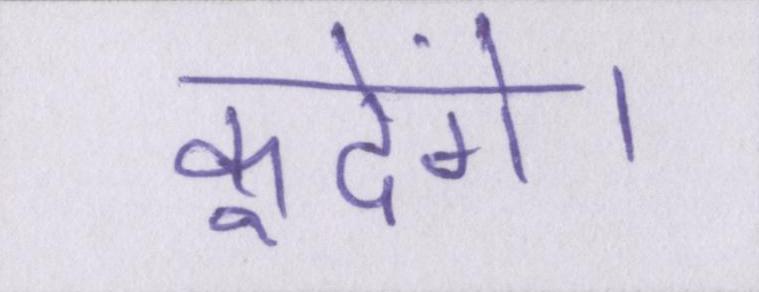
कूदेंगे।